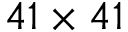
4 1 \times 4 1